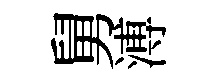
舅溥